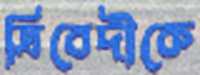
ত্রিবেদীকে